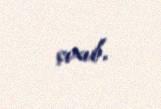
çıxıb.